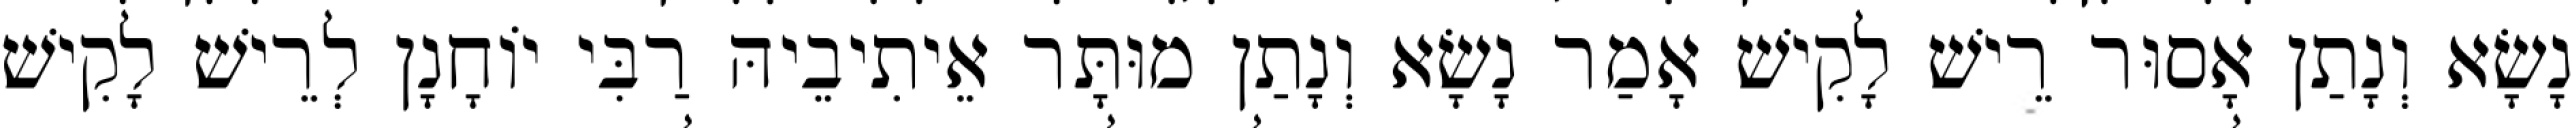
נָשָׂא וְנָתַן אָסוּר רֵישׁ לָקִישׁ אָמַר נָשָׂא וְנָתַן מוּתָּר אֵיתִיבֵיהּ רַבִּי יוֹחָנָן לְרֵישׁ לָקִישׁ